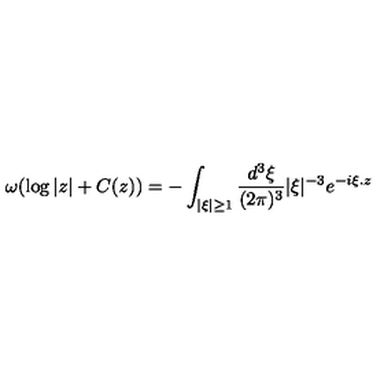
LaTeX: \omega ( \log | z | + C ( z ) ) = - \int _ { | \xi | \geq 1 } \frac { d ^ { 3 } \xi } { ( 2 \pi ) ^ { 3 } } | \xi | ^ { - 3 } e ^ { - i \xi . z }